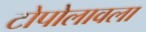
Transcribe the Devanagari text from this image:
टोपोलावला